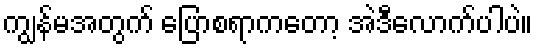
ကျွန်မအတွက် ပြောစရာကတော့ အဲဒီလောက်ပါပဲ။